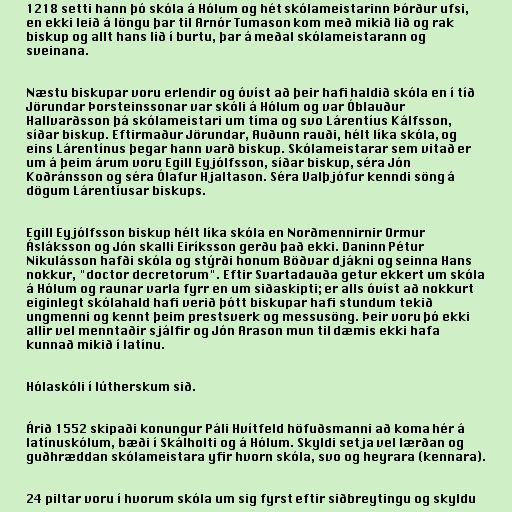
1218 setti hann þó skóla á Hólum og hét skólameistarinn Þórður ufsi,
en ekki leið á löngu þar til Arnór Tumason kom með mikið lið og rak
biskup og allt hans lið í burtu, þar á meðal skólameistarann og
sveinana.

Næstu biskupar voru erlendir og óvíst að þeir hafi haldið skóla en í tíð
Jörundar Þorsteinssonar var skóli á Hólum og var Óblauður
Hallvarðsson þá skólameistari um tíma og svo Lárentíus Kálfsson,
síðar biskup. Eftirmaður Jörundar, Auðunn rauði, hélt líka skóla, og
eins Lárentínus þegar hann varð biskup. Skólameistarar sem vitað er
um á þeim árum voru Egill Eyjólfsson, síðar biskup, séra Jón
Koðránsson og séra Ólafur Hjaltason. Séra Valþjófur kenndi söng á
dögum Lárentíusar biskups.

Egill Eyjólfsson biskup hélt líka skóla en Norðmennirnir Ormur
Ásláksson og Jón skalli Eiríksson gerðu það ekki. Daninn Pétur
Nikulásson hafði skóla og stýrði honum Böðvar djákni og seinna Hans
nokkur, "doctor decretorum". Eftir Svartadauða getur ekkert um skóla
á Hólum og raunar varla fyrr en um siðaskipti; er alls óvíst að nokkurt
eiginlegt skólahald hafi verið þótt biskupar hafi stundum tekið
ungmenni og kennt þeim prestsverk og messusöng. Þeir voru þó ekki
allir vel menntaðir sjálfir og Jón Arason mun til dæmis ekki hafa
kunnað mikið í latínu.

Hólaskóli í lútherskum sið.

Árið 1552 skipaði konungur Páli Hvítfeld höfuðsmanni að koma hér á
latínuskólum, bæði í Skálholti og á Hólum. Skyldi setja vel lærðan og
guðhræddan skólameistara yfir hvorn skóla, svo og heyrara (kennara).

24 piltar voru í hvorum skóla um sig fyrst eftir siðbreytingu og skyldu